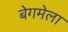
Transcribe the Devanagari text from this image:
बेगमेला